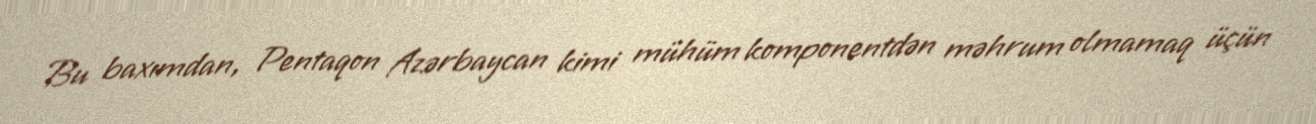
Bu baxımdan, Pentaqon Azərbaycan kimi mühüm komponentdən məhrum olmamaq üçün